Annual report on the Civil Veterinary Department, Burma (including the Insein Veterinary School) - 1910-1922
Year: 1910
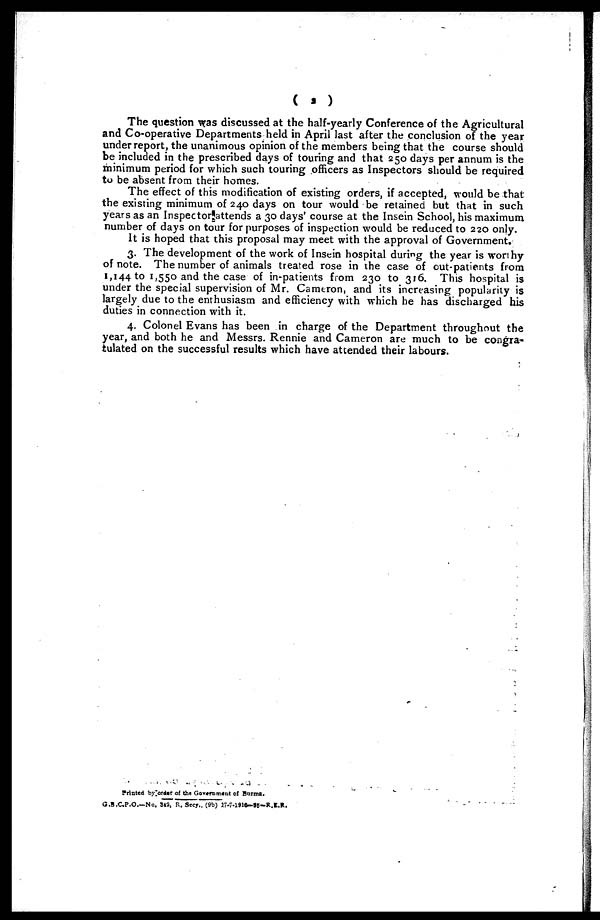
( 2 )
The question was discussed at the half-yearly Conference of the Agricultural
and Co-operative Departments held in April last after the conclusion of the year
under report, the unanimous opinion of the members being that the course should
be included in the prescribed days of touring and that 250 days per annum is the
minimum period for which such touring officers as Inspectors should be required
to be absent from their homes.
The effect of this modification of existing orders, if accepted, would be that
the existing minimum of 240 days on tour would be retained but that in such
years as an Inspector attends a 30 days' course at the Insein School, his maximum
number of days on tour for purposes of inspection would be reduced to 220 only.
It is hoped that this proposal may meet with the approval of Government.
3. The development of the work of Insein hospital during the year is worthy
of note. The number of animals treated rose in the case of out-patients from
1,144 to 1,550 and the case of in-patients from 230 to 316. This hospital is
under the special supervision of Mr. Cameron, and its increasing popularity is
largely due to the enthusiasm and efficiency with which he has discharged his
duties in connection with it.
4. Colonel Evans has been in charge of the Department throughout the
year, and both he and Messrs. Rennie and Cameron are much to be congra-
tulated on the successful results which have attended their labours.
Printed by order of the Government of Burma.
+G.B.C.P.O.—No. 342, R. Secy., (9b) 17-7-1916-25—R.E.R.